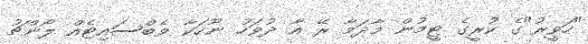
"ހަވީރު"ގެ ކުރީގެ ޓީމުން މާދަމާ ރޭ އާ ދުވަހު ނޫހަކާ ވެބްސައިޓެއް ލޯންޗު